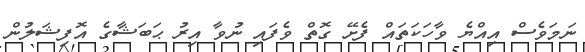
ނަމަވެސް އިއްޔެ ވާހަކަތައް ފެށޭ ގޮތް ވެފައި ނުވާ އިރު ޙަބަޝާގެ އޮފިޝަލުން